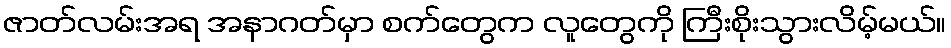
ဇာတ်လမ်းအရ အနာဂတ်မှာ စက်တွေက လူတွေကို ကြီးစိုးသွားလိမ့်မယ်။